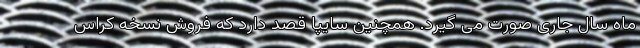
ماه سال جاری صورت می گیرد. همچنین سایپا قصد دارد که فروش نسخه کراس